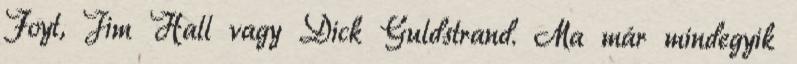
Foyt, Jim Hall vagy Dick Guldstrand. Ma már mindegyik